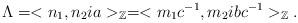
LaTeX: \begin{align*}\Lambda =<n_1,n_2ia>_{\mathbb{Z}}=<m_1c^{-1},m_2ibc^{-1}>_{\mathbb{Z}}.\end{align*}